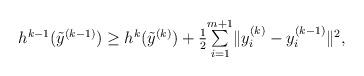
LaTeX: \begin{align*}\begin{array}{c}h^{k-1}(\tilde{y}^{(k-1)})\geq h^{k}(\tilde{y}^{(k)})+\frac{1}{2}\underset{i=1}{\overset{m+1}{\sum}}\|y_{i}^{(k)}-y_{i}^{(k-1)}\|^{2},\end{array}\end{align*}